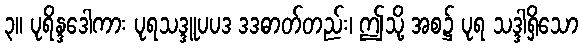
၃။ ပုရိန္ဒဒေါကား ပုရသဒ္ဒူပပဒ ဒဒဓာတ်တည်း၊ ဤသို့ အစ၌ ပုရ သဒ္ဒါရှိသော